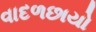
વાદળછાયો